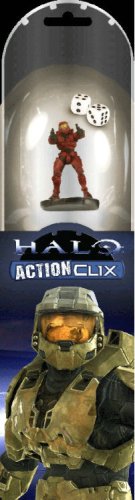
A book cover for Halo Actionclix 4-figure Booster; Science Fiction & Fantasy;